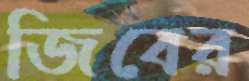
জিবের